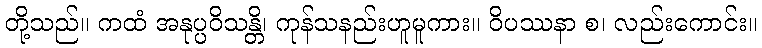
တို့သည်။ ကထံ အနုပ္ပဝိသန္တိ၊ ကုန်သနည်းဟူမူကား။ ဝိပဿနာ စ၊ လည်းကောင်း။